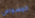
الوسواس